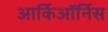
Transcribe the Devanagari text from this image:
आर्किऑर्निस